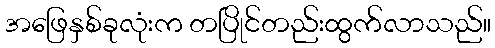
အဖြေနှစ်ခုလုံးက တပြိုင်တည်းထွက်လာသည်။